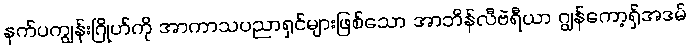
နက်ပကျွန်းဂြိုဟ်ကို အာကာသပညာရှင်များဖြစ်သော အာဘိန်လီဗဲရီယာ ဂျွန်ကော့ရှ်အဒမ်